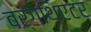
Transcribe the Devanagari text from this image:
बर्गथिएटर